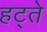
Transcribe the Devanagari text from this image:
हट्ते